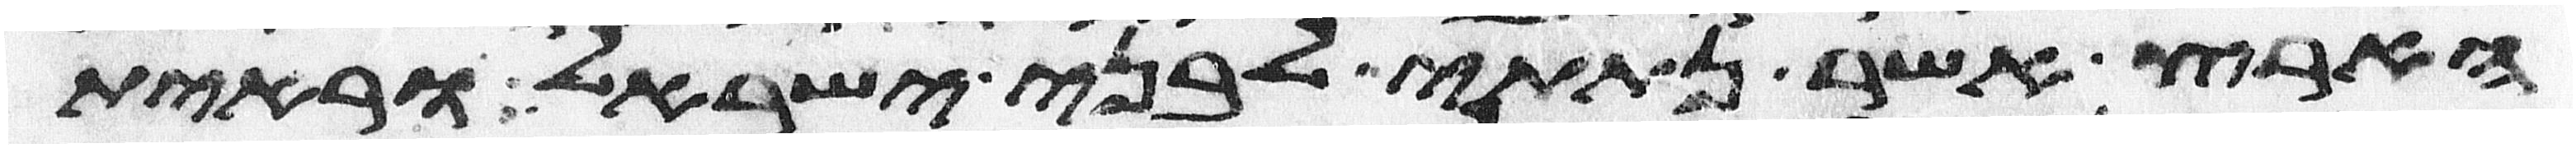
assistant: הארץ אשר נתתי לבני ישראל וראית